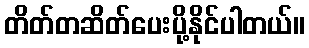
တိတ်တဆိတ်ပေးပို့နိုင်ပါတယ်။